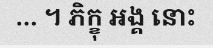
... ។ ភិក្ខុ អង្គ នោះ